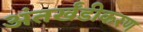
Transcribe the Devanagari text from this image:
अंतर्खंडीकरण